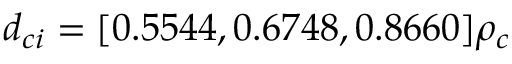
d _ { c i } = [ 0 . 5 5 4 4 , 0 . 6 7 4 8 , 0 . 8 6 6 0 ] \rho _ { c }